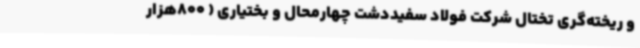
و ریخته‌گری تختال شرکت فولاد سفیددشت چهارمحال و بختیاری ( 800هزار